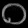
Digit: ၀